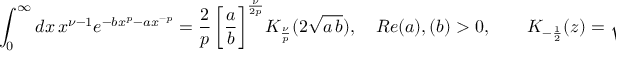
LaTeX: \int _ { 0 } ^ { \infty } d x \, x ^ { \nu - 1 } e ^ { - b x ^ { p } - a x ^ { - p } } = \frac { 2 } { p } \, \bigg [ \frac { a } { b } \bigg ] ^ { \frac { \nu } { 2 p } } K _ { \frac { \nu } { p } } ( 2 \sqrt { a \, b } ) , \quad R e ( a ) , ( b ) > 0 , \qquad K _ { - \frac { 1 } { 2 } } ( z ) = \sqrt { \frac { \pi } { 2 z } } \, e ^ { - z }